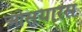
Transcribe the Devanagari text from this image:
ओसयारस